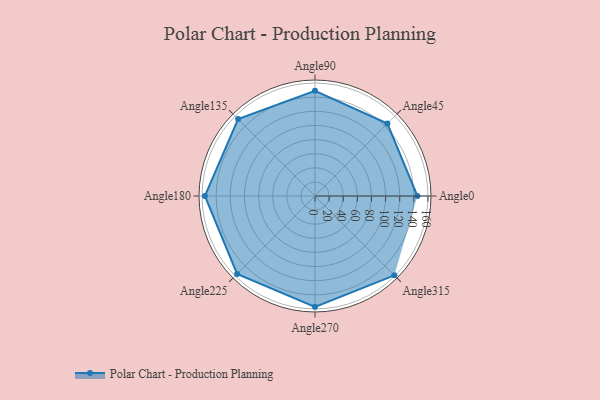
{"axis": {"x": "Angle", "y": "Radius"}, "legend": [""], "data": [{"x": "Angle0", "y": 145.0, "type": ""}, {"x": "Angle45", "y": 145.0, "type": ""}, {"x": "Angle90", "y": 149.0, "type": ""}, {"x": "Angle135", "y": 154.0, "type": ""}, {"x": "Angle180", "y": 156.0, "type": ""}, {"x": "Angle225", "y": 156.0, "type": ""}, {"x": "Angle270", "y": 157.0, "type": ""}, {"x": "Angle315", "y": 159.0, "type": ""}]}